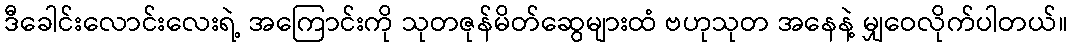
ဒီခေါင်းလောင်းလေးရဲ့ အကြောင်းကို သုတဇုန်မိတ်ဆွေများထံ ဗဟုသုတ အနေနဲ့ မျှဝေလိုက်ပါတယ်။